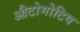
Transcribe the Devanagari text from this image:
औटोमोटिव